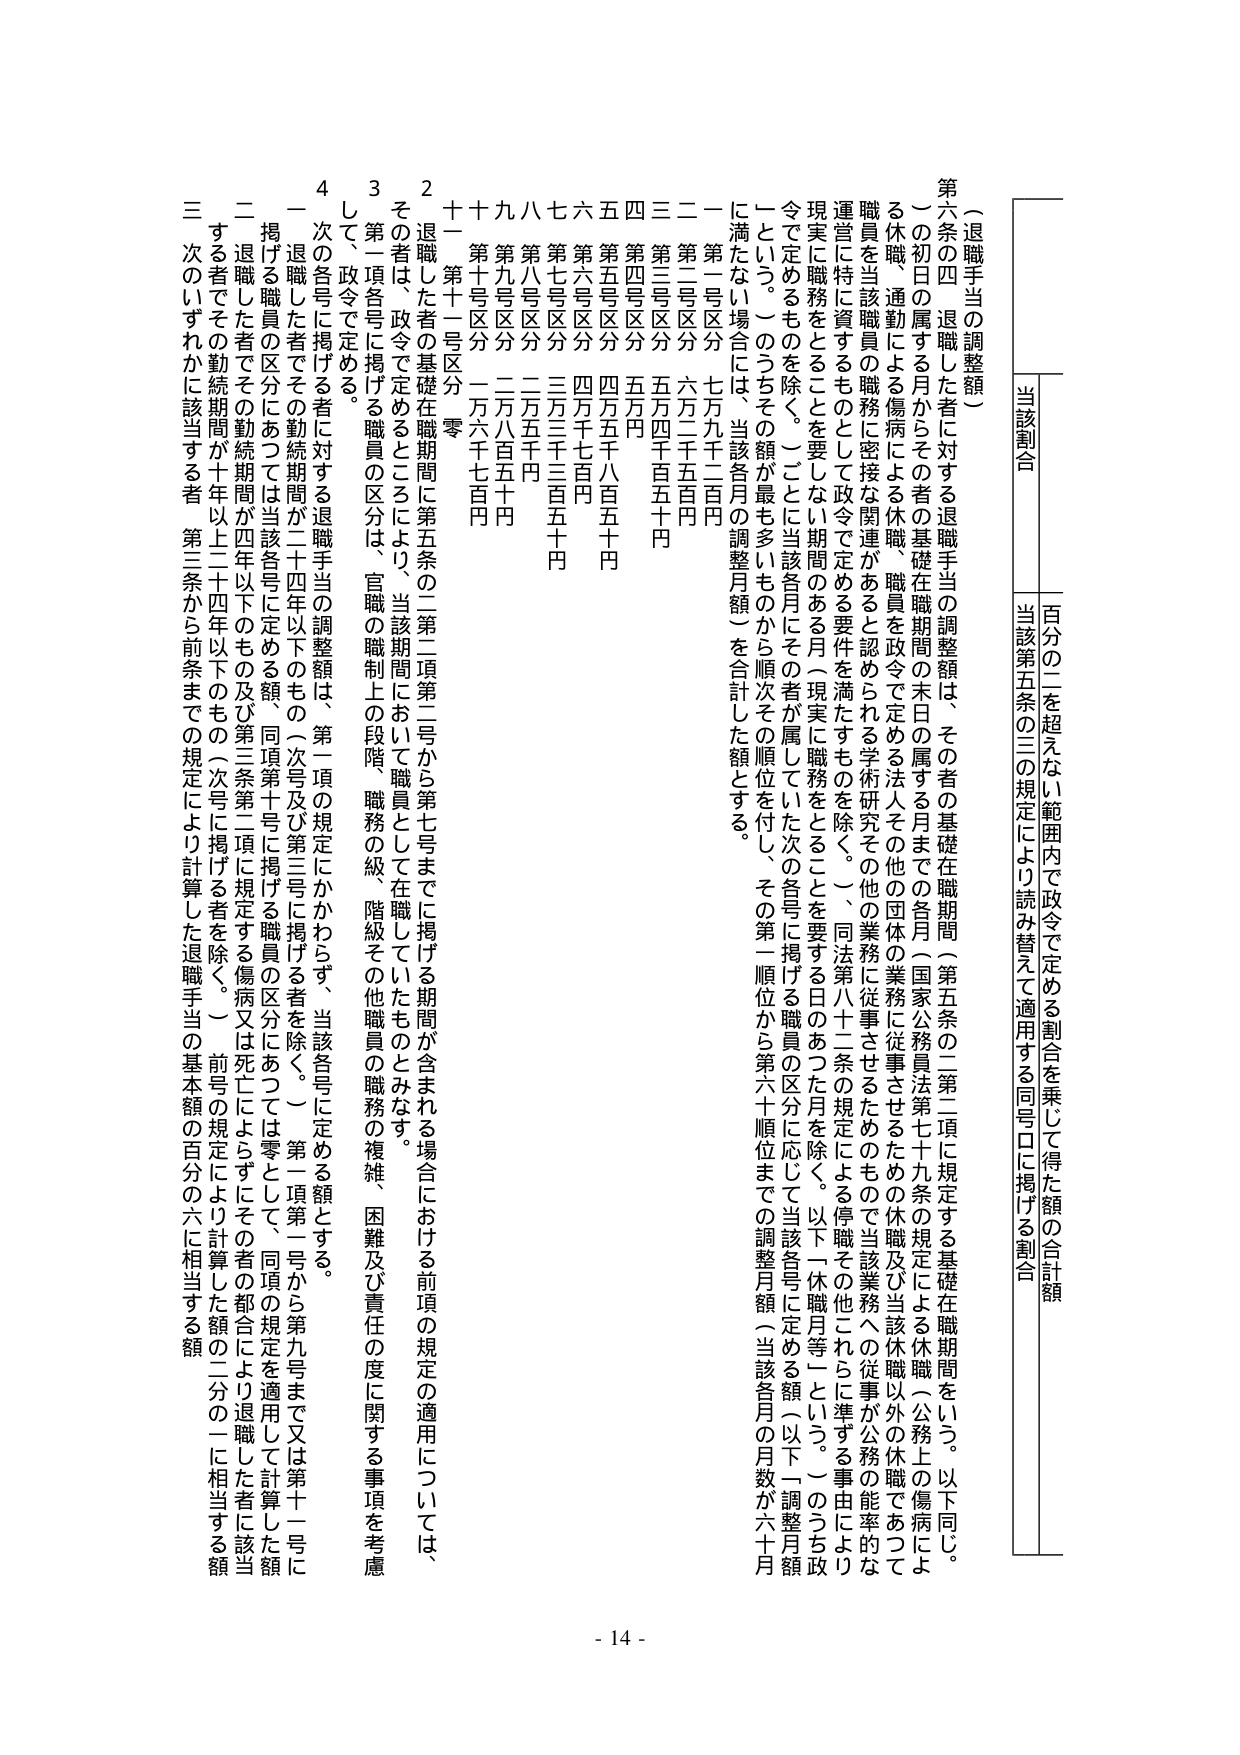
（退職手当の調整額）

第六条の四 退職した者に対する退職手当の調整額は、その者の基礎在職期間（第五条の二第二項に規定する基礎在職期間をいう。以下同じ。）の初日の属する月からその者の基礎在職期間の末日の属する月までの各月（国家公務員法第七十九条の規定による休職（公務上の傷病による休職、通勤による傷病による休職、職員を政令で定める法人その他の団体の業務に従事させるための休職及び当該休職以外の休職であつて職員を当該職員の職務に密接な関連があると認められる学術研究その他の業務に従事させるためのもので当該業務への従事が公務の能率的な運営を特に資するものとして政令で定める要件を満たすものを除く。）、同法第八十二条の規定による停職その他これらに準ずる事由により現実に職務をとることを要しない期間のある月（現実に職務をとることを要する日のあつた月を除く。以下「休職月等」という。）のうち政令で定めるものを除く。）ごとに当該各月にその者が属していた次の各号に掲げる職員の区分に応じて当該各号に定める額（以下「調整月額」という。）のうちその額が最も多いものから順次その順位を付し、その第一順位から第六十順位までの調整月額（当該各月の月数が六十月に満たない場合には、当該各月の調整月額）を合計した額とする。

一 第一号区分 七万九千二百円
二 第二号区分 六万二千五百円
三 第三号区分 五万四千百五十円
四 第四号区分 五万円
五 第五号区分 四万五千八百五十円
六 第六号区分 四万千七百円
七 第七号区分 三万三千三百五十円
八 第八号区分 二万八千円
九 第九号区分 二万六百五十円
十 第十号区分 一万六千七百円
十一 第十一号区分 零

２ 退職した者の基礎在職期間に第五条の二第二項第二号から第七号までに掲げる期間が含まれる場合における前項の規定の適用については、その者は、政令で定めるところにより、当該期間において職員として在職していたものとみなす。

３ 第一項各号に掲げる職員の区分は、官職の職制上の段階、職務の級、階級その他職員の職務の複雑、困難及び責任の度に関する事項を考慮して、政令で定める。

４ 次の各号に掲げる者に対する退職手当の調整額は、第一項の規定にかかわらず、当該各号に定める額とする。

一 退職した者でその勤続期間が二十四年以下のもの（次号及び第三号に掲げる者を除く。） 第一項第一号から第九号まで又は第十一号に掲げる職員の区分にあつては当該各号に定める額、同項第十号に掲げる職員の区分にあつては零として、同項の規定を適用して計算した額

二 退職した者でその勤続期間が四年以下のもの及び第三条第二項に規定する傷病又は死亡によらずにその者の都合により退職した者に該当する者でその勤続期間が十年以上二十四年以下のもの（次号に掲げる者を除く。） 前号の規定により計算した額の二分の一に相当する額

三 次のいずれかに該当する者 第三条から前条までの規定により計算した退職手当の基本額の百分の六に相当する額

当該割合 百分の二を超えない範囲内で政令で定める割合を乗じて得た額の合計額
当該第五条の二の規定により読み替えて適用する同号ロに掲げる割合

- 14 -